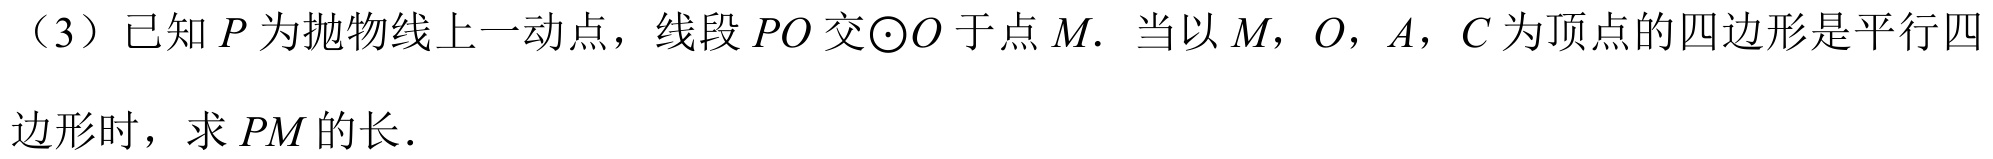
（3）已知 \(P\) 为抛物线上一动点，线段 \(PO\) 交\(\odot O\) 于点 \(M\). 当以 \(M\)，\(O\)，\(A\)，\(C\) 为顶点的四边形是平行四边形时，求 \(PM\) 的长.